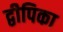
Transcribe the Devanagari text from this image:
द्वीपिका